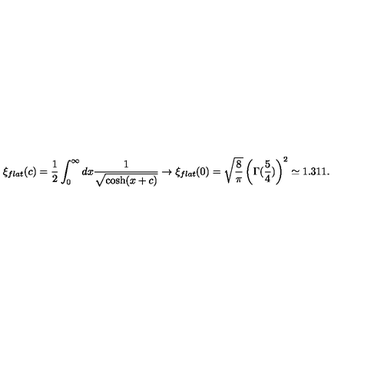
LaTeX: \xi _ { f l a t } ( c ) = \frac 1 2 \int _ { 0 } ^ { \infty } d x \frac { 1 } { \sqrt { \cosh ( x + c ) } } \rightarrow \xi _ { f l a t } ( 0 ) = \sqrt { \frac { 8 } { \pi } } \left( \Gamma ( \frac { 5 } { 4 } ) \right) ^ { 2 } \simeq 1 . 3 1 1 .